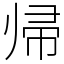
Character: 帰